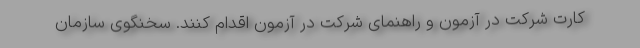
کارت شرکت در آزمون و راهنمای شرکت در آزمون اقدام کنند. سخنگوی سازمان